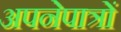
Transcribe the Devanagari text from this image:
अपनेपात्रों